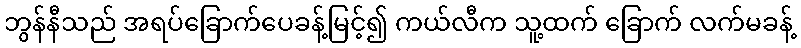
ဘွန်နီသည် အရပ်ခြောက်ပေခန့်မြင့်၍ ကယ်လီက သူ့ထက် ခြောက် လက်မခန့်